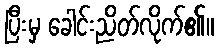
ပြီးမှ ခေါင်းညိတ်လိုက်၏။